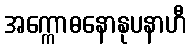
အက္ကောဓနောနုပနာဟီ